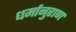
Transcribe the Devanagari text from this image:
धर्मानुराण